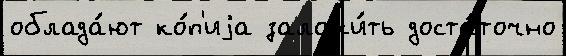
облада́ют ко́п'иjа заложи́ть доста́точно